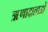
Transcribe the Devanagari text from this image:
ऋणादाताओं